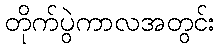
တိုက်ပွဲကာလအတွင်း